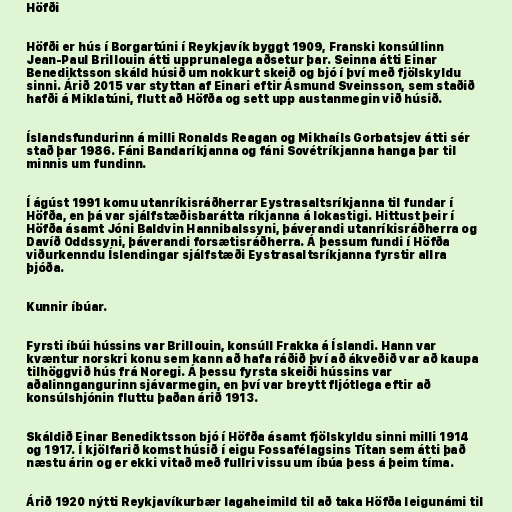
Höfði

Höfði er hús í Borgartúni í Reykjavík byggt 1909, Franski konsúllinn
Jean-Paul Brillouin átti upprunalega aðsetur þar. Seinna átti Einar
Benediktsson skáld húsið um nokkurt skeið og bjó í því með fjölskyldu
sinni. Árið 2015 var styttan af Einari eftir Ásmund Sveinsson, sem staðið
hafði á Miklatúni, flutt að Höfða og sett upp austanmegin við húsið.

Íslandsfundurinn á milli Ronalds Reagan og Mikhaíls Gorbatsjev átti sér
stað þar 1986. Fáni Bandaríkjanna og fáni Sovétríkjanna hanga þar til
minnis um fundinn.

Í ágúst 1991 komu utanríkisráðherrar Eystrasaltsríkjanna til fundar í
Höfða, en þá var sjálfstæðisbarátta ríkjanna á lokastigi. Hittust þeir í
Höfða ásamt Jóni Baldvin Hannibalssyni, þáverandi utanríkisráðherra og
Davíð Oddssyni, þáverandi forsætisráðherra. Á þessum fundi í Höfða
viðurkenndu Íslendingar sjálfstæði Eystrasaltsríkjanna fyrstir allra
þjóða.

Kunnir íbúar.

Fyrsti íbúi hússins var Brillouin, konsúll Frakka á Íslandi. Hann var
kvæntur norskri konu sem kann að hafa ráðið því að ákveðið var að kaupa
tilhöggvið hús frá Noregi. Á þessu fyrsta skeiði hússins var
aðalinngangurinn sjávarmegin, en því var breytt fljótlega eftir að
konsúlshjónin fluttu þaðan árið 1913.

Skáldið Einar Benediktsson bjó í Höfða ásamt fjölskyldu sinni milli 1914
og 1917. Í kjölfarið komst húsið í eigu Fossafélagsins Títan sem átti það
næstu árin og er ekki vitað með fullri vissu um íbúa þess á þeim tíma.

Árið 1920 nýtti Reykjavíkurbær lagaheimild til að taka Höfða leigunámi til